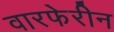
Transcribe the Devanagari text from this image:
वारफेरीन